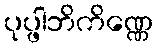
ပုပ္ဖါဘိကိဏ္ဏေ